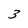
Character: 3